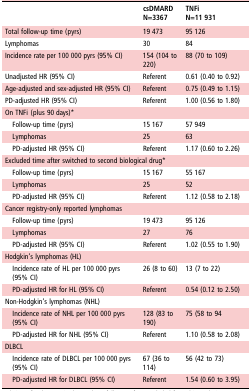
|  | csDMARDN=3367 | TNFiN=11 931 |
 | --- | --- | --- |
 | Total follow-up time (pyrs) | 19 473 | 95 126 |
 | Lymphomas | 30 | 84 |
 | Incidence rate per 100 000 pyrs (95% CI) | 154 (104 to 220) | 88 (70 to 109) |
 | Unadjusted HR (95% CI) | Referent | 0.61 (0.40 to 0.92) |
 | Age-adjusted and sex-adjusted HR (95% CI) | Referent | 0.75 (0.49 to 1.15) |
 | PD-adjusted HR (95% CI) | Referent | 1.00 (0.56 to 1.80) |
 | <COLSPAN=3> On TNFi (plus 90 days)* |
 | Follow-up time (pyrs) | 15 167 | 57 949 |
 | Lymphomas | 25 | 63 |
 | PD-adjusted HR (95% CI) | Referent | 1.17 (0.60 to 2.26) |
 | <COLSPAN=3> Excluded time after switched to second biological drug* |
 | Follow-up time (pyrs) | 15 167 | 55 167 |
 | Lymphomas | 25 | 52 |
 | PD-adjusted HR (95% CI) | Referent | 1.12 (0.58 to 2.18) |
 | <COLSPAN=3> Cancer registry-only reported lymphomas |
 | Follow-up time (pyrs) | 19 473 | 95 126 |
 | Lymphomas | 27 | 76 |
 | PD-adjusted HR (95% CI) | Referent | 1.02 (0.55 to 1.90) |
 | <COLSPAN=3> Hodgkin's lymphomas (HL) |
 | Incidence rate of HL per 100 000 pyrs (95% CI) | 26 (8 to 60) | 13 (7 to 22) |
 | PD-adjusted HR for HL (95% CI) | Referent | 0.54 (0.12 to 2.50) |
 | <COLSPAN=3> Non-Hodgkin's lymphomas (NHL) |
 | Incidence rate of NHL per 100 000 pyrs (95% CI) | 128 (83 to 190) | 75 (58 to 94 |
 | PD-adjusted HR for NHL (95% CI) | Referent | 1.10 (0.58 to 2.08) |
 | <COLSPAN=3> DLBCL |
 | Incidence rate of DLBCL per 100 000 pyrs (95% CI) | 67 (36 to 114) | 56 (42 to 73) |
 | PD-adjusted HR for DLBCL (95% CI) | Referent | 1.54 (0.60 to 3.95) |